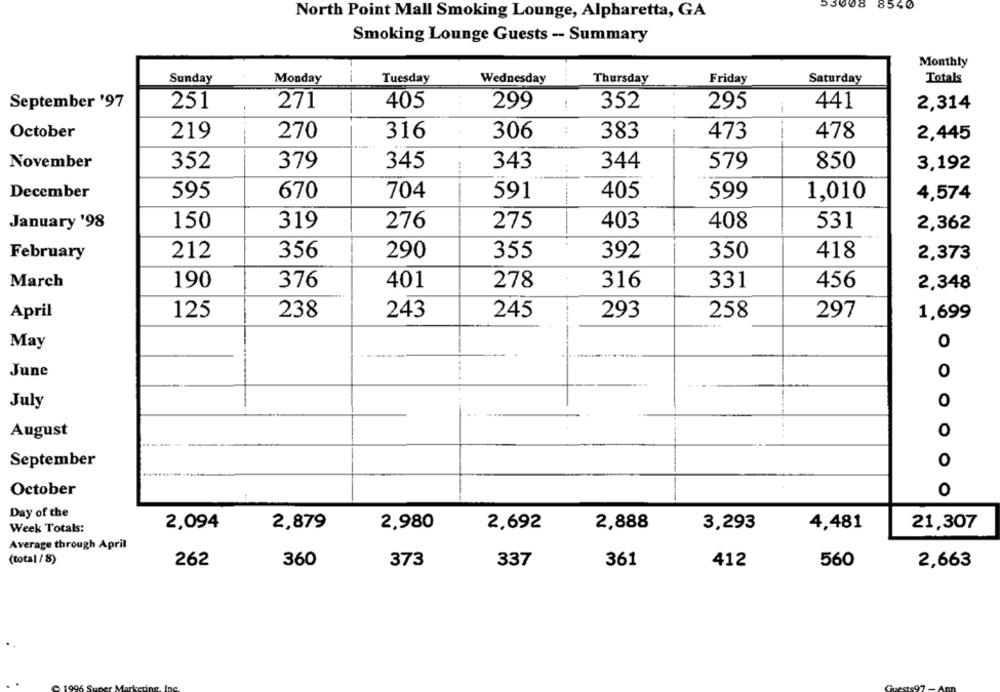
53008 8540
North Point Mall Smoking Lounge, Alpharetta, GA
Smoking Lounge Guests -- Summary
Monthly
Sunday
Monday
Tuesday
Wednesday
Thursday
Friday
Saturday
Totals
September '97
271
405
299
352
441
251
295
2,314
:
October
219
-
270
316
306
383
473
478
2,445
November
352
379
345
343
344
579
850
3,192
December
670
405
595
704
591
599
1,010
4,574
January '98
150
319
276
275
403
408
531
2,362
February
212
356
290
355
392
350
418
2,373
March
190
376
401
278
316
331
456
2,348
April
125
238
243
245
293
258
297
1,699
May
O
June
0
0
July
August
O
September
O
October
o
Day of the
2,094
2,879
2,980
2,692
2,888
3,293
4,481
21,307
Week Totals:
Average through April
(total / 8)
262
360
373
337
361
412
560
2,663